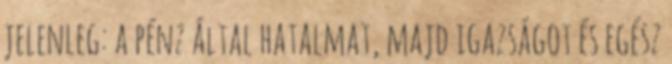
jelenleg: a pénz által hatalmat, majd igazságot és egész